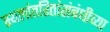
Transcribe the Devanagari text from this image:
स्थलांतरितांसंबंधीच्या